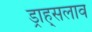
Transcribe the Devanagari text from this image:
ड्राह्सलाव